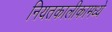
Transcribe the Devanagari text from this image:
नियतकालीकामध्ये